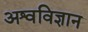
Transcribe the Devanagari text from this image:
अश्वविज्ञान